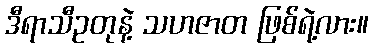
ဒီရာသီဥတုနဲ့ သဟဇာတ ဖြစ်ရဲ့လား။